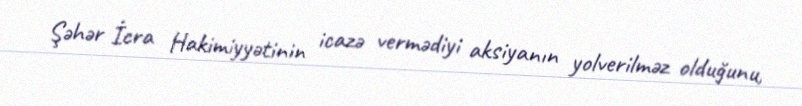
Şəhər İcra Hakimiyyətinin icazə vermədiyi aksiyanın yolverilməz olduğunu,